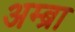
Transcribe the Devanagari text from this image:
अम्ब्रा